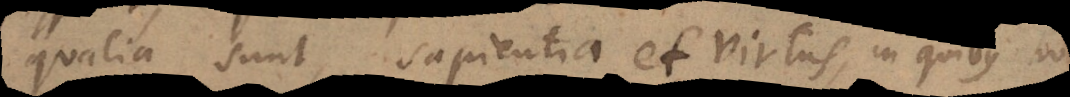
qualia sunt, sapientia et virtus, in quibus ho